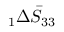
\phantom { } _ { 1 } \Delta \bar { S } _ { 3 3 }